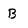
Character: B